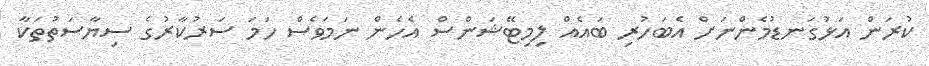
ކުރަން އަޅުގަނޑުމެންނަށް އެބަހުރި ބައެއް ލިމިޓޭޝަންސް އެހެން ނަމަވެސް ހަމަ ސަރުކާރުގެ ސިޔާސަތުތަކާ